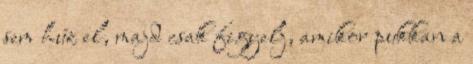
sem húz el, majd csak figyelj, amikor pukkan a